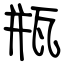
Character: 瓶